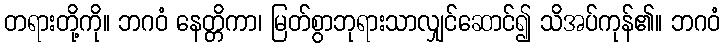
တရားတို့ကို။ ဘဂဝံ နေတ္တိကာ၊ မြတ်စွာဘုရားသာလျှင်ဆောင်၍ သိအပ်ကုန်၏။ ဘဂဝံ